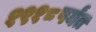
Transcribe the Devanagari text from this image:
१९१८पर्यंत